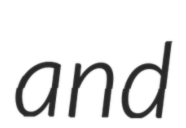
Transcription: and